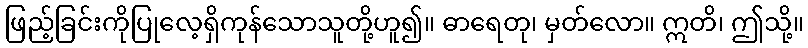
ဖြည့်ခြင်းကိုပြုလေ့ရှိကုန်သောသူတို့ဟူ၍။ ဓာရေတု၊ မှတ်လော။ ဣတိ၊ ဤသို့။